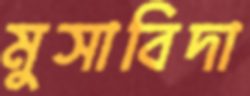
মুসাবিদা